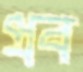
প্রব